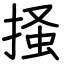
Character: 掻